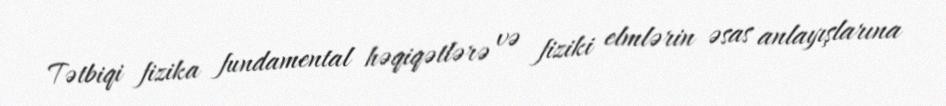
Tətbiqi fizika fundamental həqiqətlərə və fiziki elmlərin əsas anlayışlarına